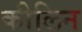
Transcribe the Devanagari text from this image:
कीलिन